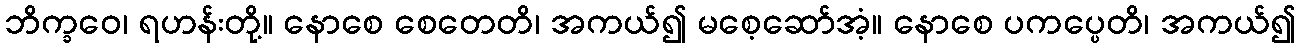
ဘိက္ခဝေ၊ ရဟန်းတို့။ နောစေ စေတေတိ၊ အကယ်၍ မစေ့ဆော်အံ့။ နောစေ ပကပ္ပေတိ၊ အကယ်၍